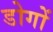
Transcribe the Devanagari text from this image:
डोगों